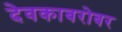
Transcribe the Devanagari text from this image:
देवकाबरोबर